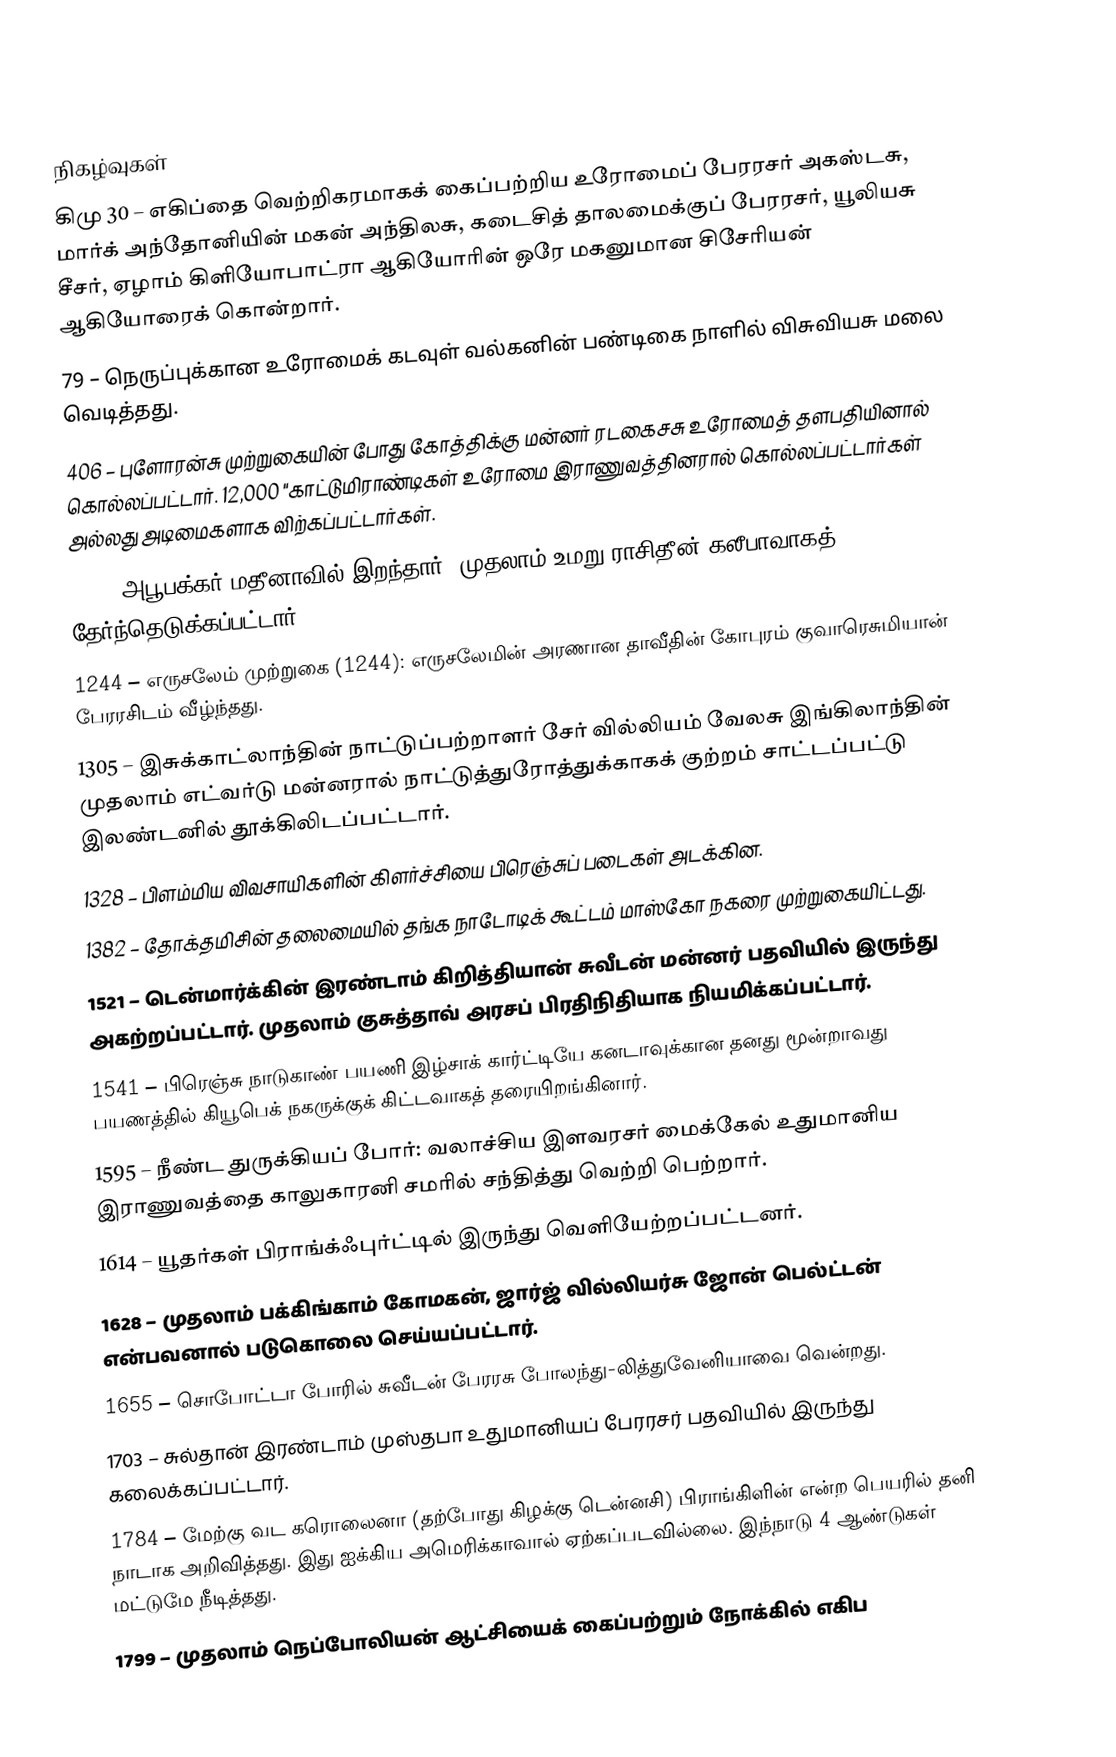

நிகழ்வுகள்
கிமு 30 – எகிப்தை வெற்றிகரமாகக் கைப்பற்றிய உரோமைப் பேரரசர் அகஸ்டசு, மார்க் அந்தோனியின் மகன் அந்திலசு, கடைசித் தாலமைக்குப் பேரரசர், யூலியசு சீசர், ஏழாம் கிளியோபாட்ரா ஆகியோரின் ஒரே மகனுமான சிசேரியன் ஆகியோரைக் கொன்றார்.
79 – நெருப்புக்கான உரோமைக் கடவுள் வல்கனின் பண்டிகை நாளில் விசுவியசு மலை வெடித்தது.
406 – புளோரன்சு முற்றுகையின் போது கோத்திக்கு மன்னர் ரடகைசசு உரோமைத் தளபதியினால் கொல்லப்பட்டார். 12,000 "காட்டுமிராண்டிகள் உரோமை இராணுவத்தினரால் கொல்லப்பட்டார்கள் அல்லது அடிமைகளாக விற்கப்பட்டார்கள்.
634 – அபூபக்கர் மதீனாவில் இறந்தார். முதலாம் உமறு ராசிதீன் கலீபாவாகத் தேர்ந்தெடுக்கப்பட்டார்.
1244 – எருசலேம் முற்றுகை (1244): எருசலேமின் அரணான தாவீதின் கோபுரம் குவாரெசுமியான் பேரரசிடம் வீழ்ந்தது.
1305 – இசுக்காட்லாந்தின் நாட்டுப்பற்றாளர் சேர் வில்லியம் வேலசு இங்கிலாந்தின் முதலாம் எட்வர்டு மன்னரால் நாட்டுத்துரோத்துக்காகக் குற்றம் சாட்டப்பட்டு இலண்டனில் தூக்கிலிடப்பட்டார்.
1328 – பிளம்மிய விவசாயிகளின் கிளர்ச்சியை பிரெஞ்சுப் படைகள் அடக்கின.
1382 – தோக்தமிசின் தலைமையில் தங்க நாடோடிக் கூட்டம் மாஸ்கோ நகரை முற்றுகையிட்டது.
1521 – டென்மார்க்கின் இரண்டாம் கிறித்தியான் சுவீடன் மன்னர் பதவியில் இருந்து அகற்றப்பட்டார். முதலாம் குசுத்தாவ் அரசப் பிரதிநிதியாக நியமிக்கப்பட்டார்.
1541 – பிரெஞ்சு நாடுகாண் பயணி இழ்சாக் கார்ட்டியே கனடாவுக்கான தனது மூன்றாவது பயணத்தில் கியூபெக் நகருக்குக் கிட்டவாகத் தரையிறங்கினார்.
1595 – நீண்ட துருக்கியப் போர்: வலாச்சிய இளவரசர் மைக்கேல் உதுமானிய இராணுவத்தை காலுகாரனி சமரில் சந்தித்து வெற்றி பெற்றார்.
1614 – யூதர்கள் பிராங்க்ஃபுர்ட்டில் இருந்து வெளியேற்றப்பட்டனர்.
1628 – முதலாம் பக்கிங்காம் கோமகன், ஜார்ஜ் வில்லியர்சு ஜோன் பெல்ட்டன் என்பவனால் படுகொலை செய்யப்பட்டார்.
1655 – சொபோட்டா போரில் சுவீடன் பேரரசு போலந்து-லித்துவேனியாவை வென்றது.
1703 – சுல்தான் இரண்டாம் முஸ்தபா உதுமானியப் பேரரசர் பதவியில் இருந்து கலைக்கப்பட்டார்.
1784 – மேற்கு வட கரொலைனா (தற்போது கிழக்கு டென்னசி) பிராங்கிளின் என்ற பெயரில் தனி நாடாக அறிவித்தது. இது ஐக்கிய அமெரிக்காவால் ஏற்கப்படவில்லை. இந்நாடு 4 ஆண்டுகள் மட்டுமே நீடித்தது.
1799 – முதலாம் நெப்போலியன் ஆட்சியைக் கைப்பற்றும் நோக்கில் எகிப